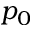
p _ { 0 }